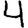
Digit: 4